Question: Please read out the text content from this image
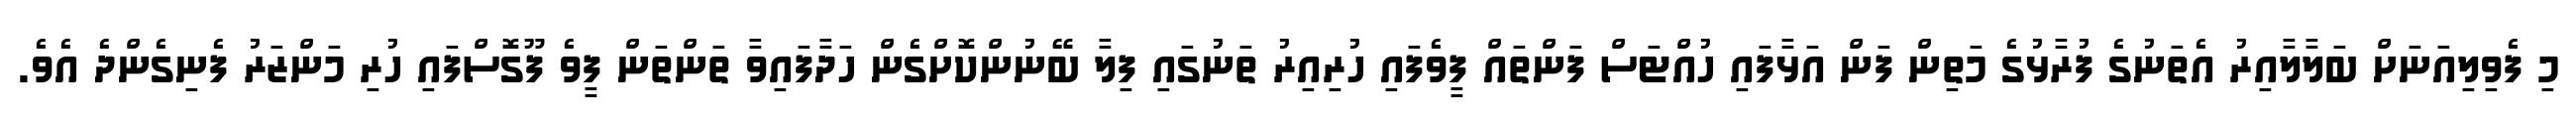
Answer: މި ފެވިލިއަނަށް ބަލާލާއިރު އެތަނުގެ ފުރާޅުގެ މަތިން ފަން އަޅާފައި ހުއްޓަސް ފަންތައް ފީވެފައި ހުރިއިރު ތަނުގައި ފިލާ ބޭނުންކޮށްގެން ހަދާފައިވާ ތަންތަން ފީވެ ފޫގޮސްފައި ހުރި މަންޒަރު ފެނިގެންދެ އެވެ.